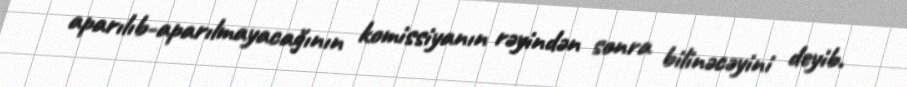
aparılıb-aparılmayacağının komissiyanın rəyindən sonra bilinəcəyini deyib.